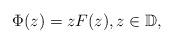
LaTeX: \begin{align*}\Phi(z)=zF(z),z\in\mathbb{D},\end{align*}